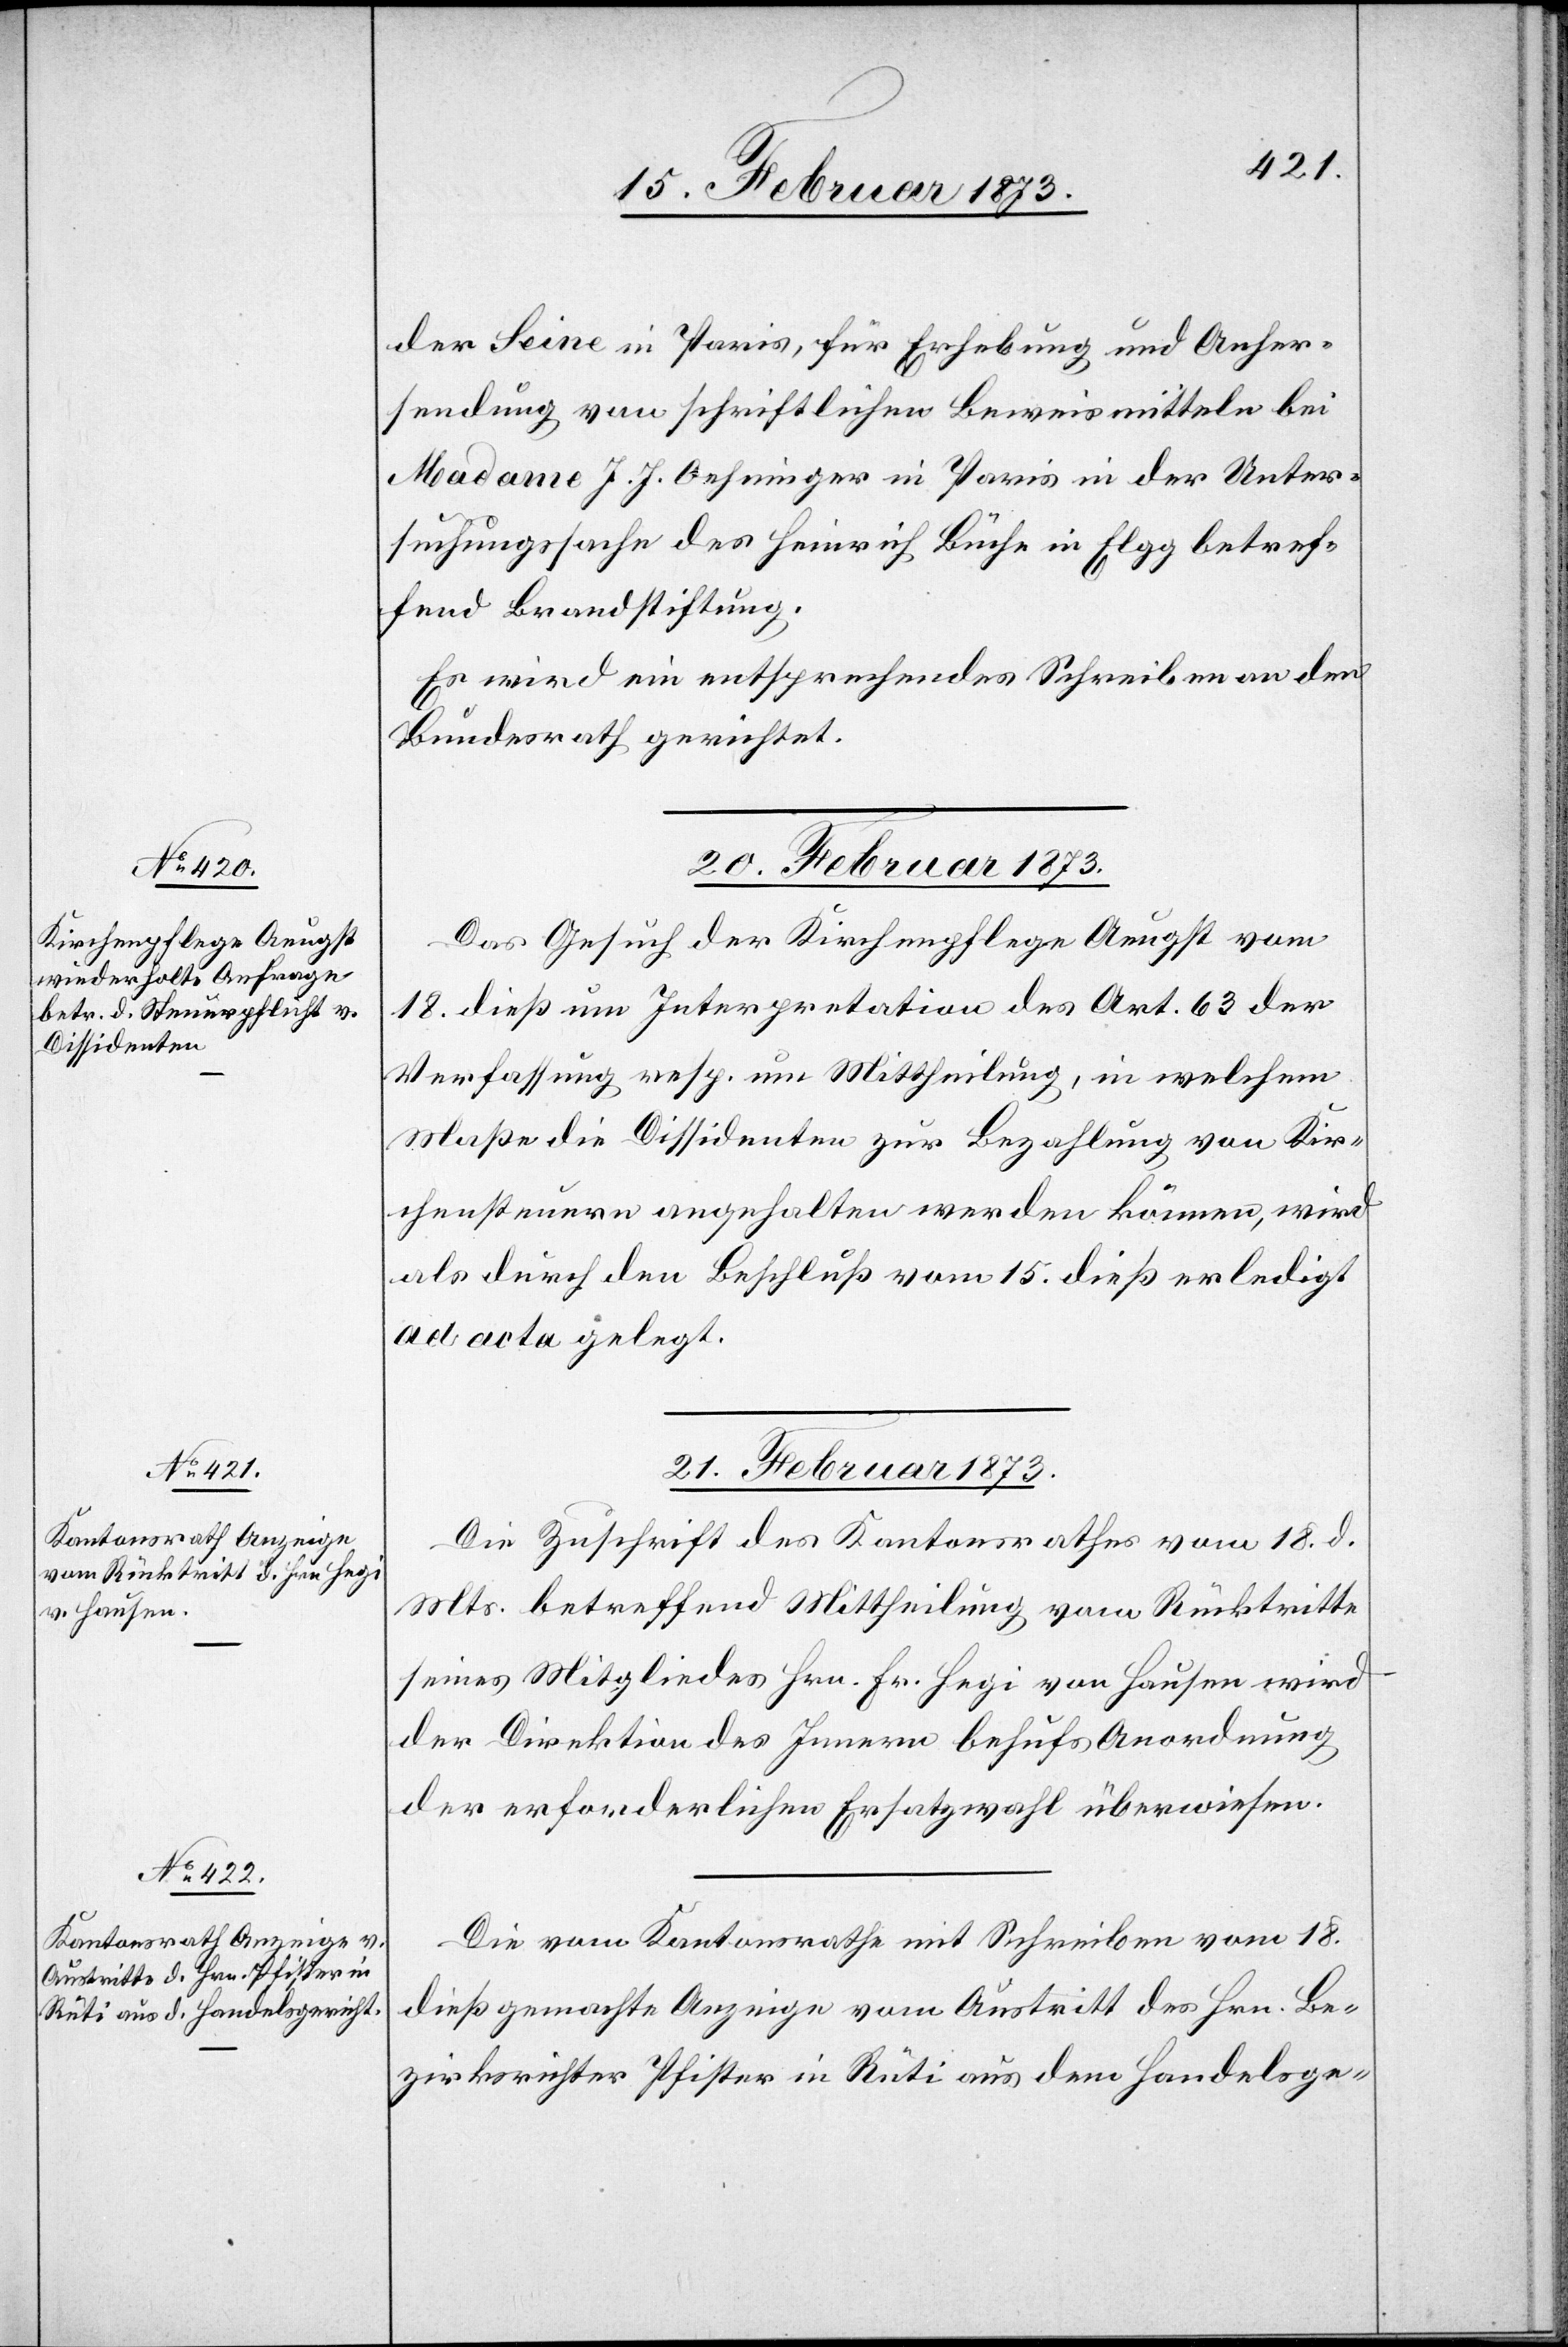
der Seine in Paris, für Erhebung und Anher¬
sendung von schriftlichen Beweismitteln bei
Madame J. J. Oehninger in Paris in der Unter¬
suchungssache des Heinrich Büche in Elgg betref¬
fend Brandstiftung.
Es wird ein entsprechendes Schreiben an den
Bundesrath gerichtet.
20. Februar 1873.
Das Gesuch der Kirchenpflege Aeugst vom
18. dieß um Interpretation des Art. 63 der
Verfassung resp. um Mittheilung, in welchem
Maße die Dissidenten zur Bezahlung von Kir¬
chensteuern angehalten werden können, wird
als durch den Beschluß vom 15. dieß erledigt
ad acta gelegt.
21. Februar 1873.]
Die Zuschrift des Kantonsrathes vom 18. d.
Mts. betreffend Mittheilung vom Rücktritte
seines Mitgliedes Hrn. Fr. Hegi von Hausen wird
der Direktion des Innern behufs Anordnung
der erforderlichen Ersatzwahl überwiesen.
Die vom Kantonsrathe mit Schreiben vom 18.
dieß gemachte Anzeige vom Austritt des Hrn. Be¬
zirksrichter Pfister in Rüti aus dem Handelsge-